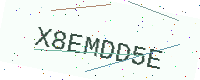
Text: X8EMDD5E